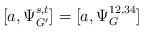
LaTeX: \begin{align*}[a,\Psi^{s,t}_{G'}] = [a,\Psi^{12,34}_{G}] \end{align*}